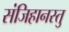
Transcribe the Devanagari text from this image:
संजिहानस्तु